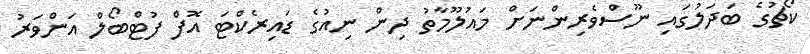
ކޯޗުގެ ބަދަލުގައި ނޫސްވެރިންނަށް މައުލޫމާތު ދިން ނިއުގެ ޑައިރެކްޓަ އޮފް ފުޓްބޯލް އަންވަރު